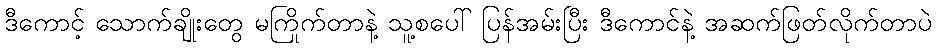
ဒီကောင့် သောက်ချိုးတွေ မကြိုက်တာနဲ့ သူ့စပေါ် ပြန်အမ်းပြီး ဒီကောင်နဲ့ အဆက်ဖြတ်လိုက်တာပဲ